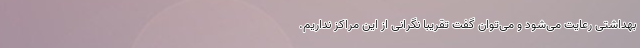
بهداشتی رعایت می‌شود و می‌توان گفت تقریباً نگرانی از این مراکز نداریم.